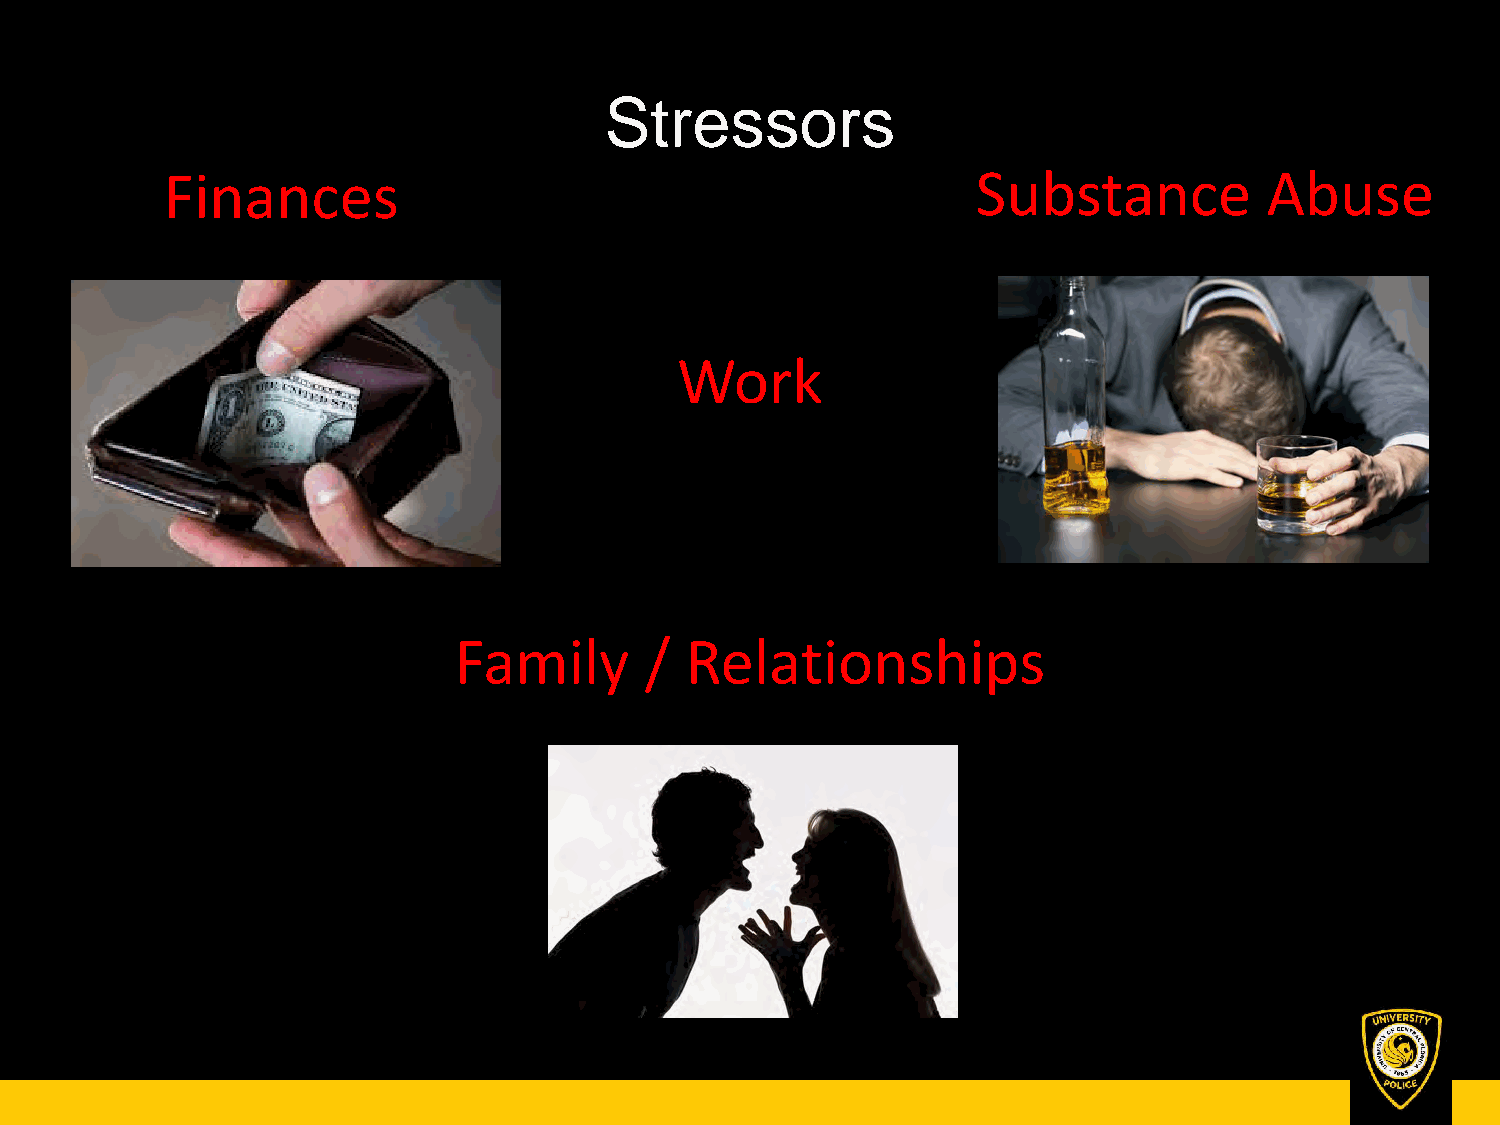
Stressors
 Finances                                              Substance          Abuse
 Work
 Family       / Relationships